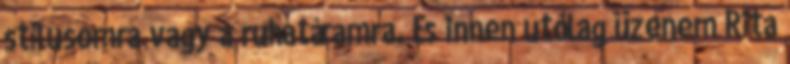
stílusomra vagy a ruhatáramra. És innen utólag üzenem Rita